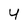
Character: 4